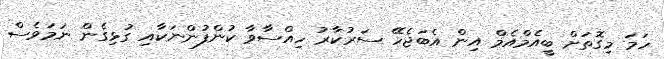
ހަމަ މިގޮތަށް ބީއެމްއެމް އިން އެބަޖެހޭ ސަރުކާރު ހިއްސާވާ ކުންފުންނަކާއި ގުޅިގެން ނަމަވެސް